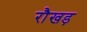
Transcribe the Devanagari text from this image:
रौखड़